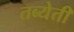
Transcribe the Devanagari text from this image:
तब्येती